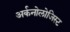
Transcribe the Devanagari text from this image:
अर्कनोलोजिस्ट